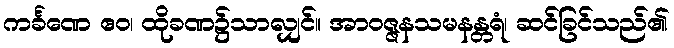
ကင်္ခဏေ ဧဝ၊ ထိုခဏ၌သာလျှင်။ အာဝဇ္ဇနသမနန္တရံ၊ ဆင်ခြင်သည်၏